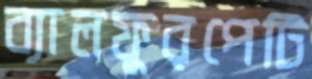
ব্যালফুরপেটি